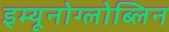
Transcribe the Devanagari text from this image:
इम्यूनोग्लोब्लिन